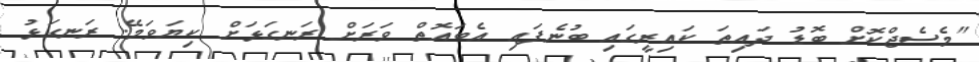
"މެސެޖްކޮށް ބޮޑު ދައިތަ ކައިރީގައި ބުނެފައި އެބައޮތް ވަރަށް ރަނގަޅަށް ކިޔަވަމޭ. ރަނގަޅު